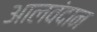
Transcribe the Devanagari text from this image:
आलवंदान